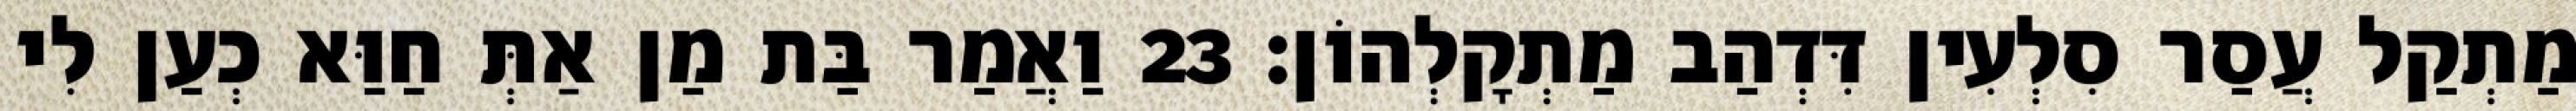
מַתְקַל עֲסַר סִלְעִין דִּדְהַב מַתְקָלְהוֹן׃ 23 וַאֲמַר בַּת מַן אַתְּ חַוַּא כְעַן לִי